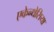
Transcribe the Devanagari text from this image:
एकेन्थेसिया